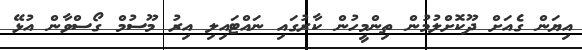
އިޔަން ގެއަށް ދޫކޮށްލުމުން ތިންމީހުން ކާރުގައި ނައްޓައިލި އިރު މޫސުމް ގޯސްވާން އުޅޭ